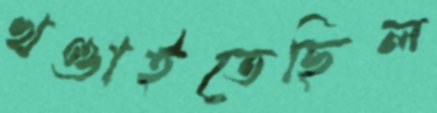
খণ্ডাইতেছিল